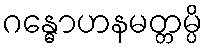
ဂန္ဓောဟနမတ္တမ္ပိ